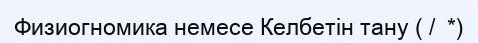
Физиогномика немесе Келбетін тану ( /  *)